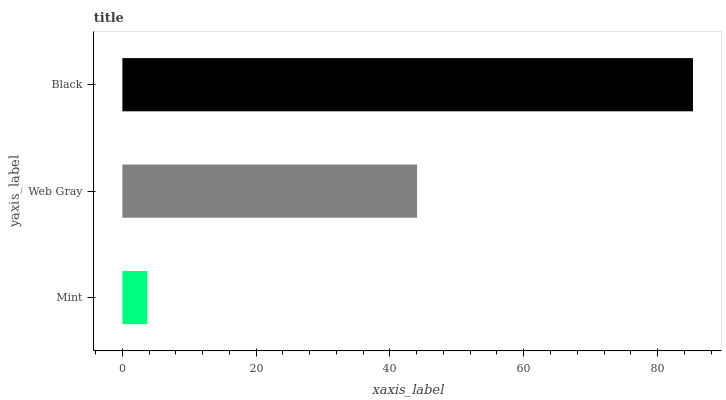
| yaxis_label | bars |
 | --- | --- |
 | Mint | 3.73 |
 | Web Gray | 44 |
 | Black | 85.3 |